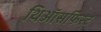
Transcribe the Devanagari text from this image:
थिऑसफिस्ट